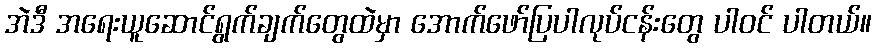
အဲဒီ အရေးယူဆောင်ရွက်ချက်တွေထဲမှာ အောက်ဖော်ပြပါလုပ်ငန်းတွေ ပါဝင် ပါတယ်။